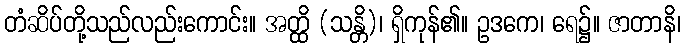
တံဆိပ်တို့သည်လည်းကောင်း။ အတ္ထိ (သန္တိ)၊ ရှိကုန်၏။ ဥဒကေ၊ ရေ၌။ ဇာတာနိ၊